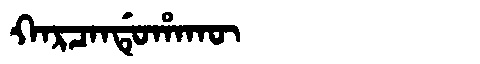
Manchu: ᡴᠠᡵᠴᠠᠨᡩᡠᡥᠠᡴᡡ
Romanization: KARCANDUHAKŪ